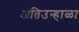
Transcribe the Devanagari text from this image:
अतिउन्हाळा